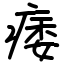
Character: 痿